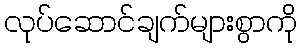
လုပ်ဆောင်ချက်များစွာကို